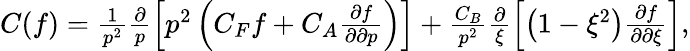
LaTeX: \begin{array}{r}{C(f)=\frac{1}{p^{2}}\frac{\partial}{p}\left[p^{2}\left(C_{F}f+C_{A}\frac{\partial f}{\partial\partial p}\right)\right]+\frac{C_{B}}{p^{2}}\frac{\partial}{\xi}\left[\left(1-\xi^{2}\right)\frac{\partial f}{\partial\partial\xi}\right],}\end{array}